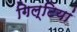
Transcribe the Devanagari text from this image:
गिल्टियां